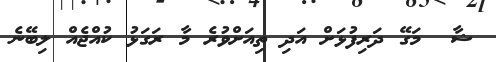
ޝާ  މަގޭ ދަރިފުޅަށް އަދި ތިއަށްވުރެ މާ ރަގަޅު ކުއްޖެއް ލިބޭނެ